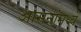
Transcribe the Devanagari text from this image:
आसनांमध्ये